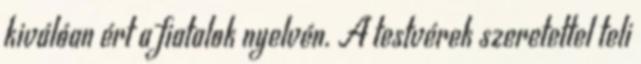
kiválóan ért a fiatalok nyelvén. A testvérek szeretettel teli